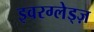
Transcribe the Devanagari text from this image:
इवरग्लेड्ज़